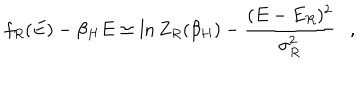
f _ { R } ( E ) - \beta _ { H } E \simeq \ln Z _ { R } ( \beta _ { H } ) - { \frac { ( E - E _ { R } ) ^ { 2 } } { \sigma _ { R } ^ { 2 } } } ,